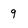
Character: 9